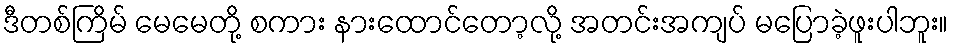
ဒီတစ်ကြိမ် မေမေတို့ စကား နားထောင်တော့လို့ အတင်းအကျပ် မပြောခဲ့ဖူးပါဘူး။